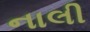
નાલી